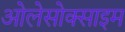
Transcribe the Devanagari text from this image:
ओलेसोक्साइम